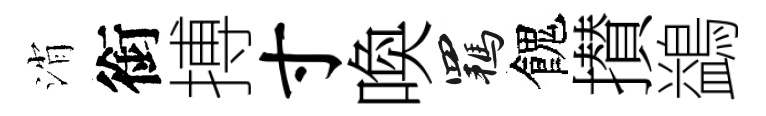
消銜搏寸喚羈餽攅鷁